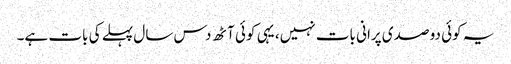
یہ کوئی دو صدی پرانی بات نہیں، یہی کوئی آٹھ دس سال پہلے کی بات ہے۔